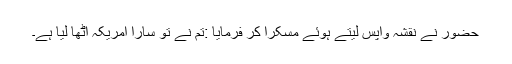
حضور نے نقشہ واپس لیتے ہوئے مسکرا کر فرمایا :تم نے تو سارا امریکہ اٹھا لیا ہے۔